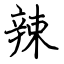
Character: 辣